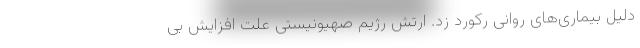
دلیل بیماری‌های روانی رکورد زد. ارتش رژیم صهیونیستی علت افزایش بی